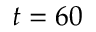
t = 6 0